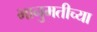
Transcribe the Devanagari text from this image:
भानुमतीच्या